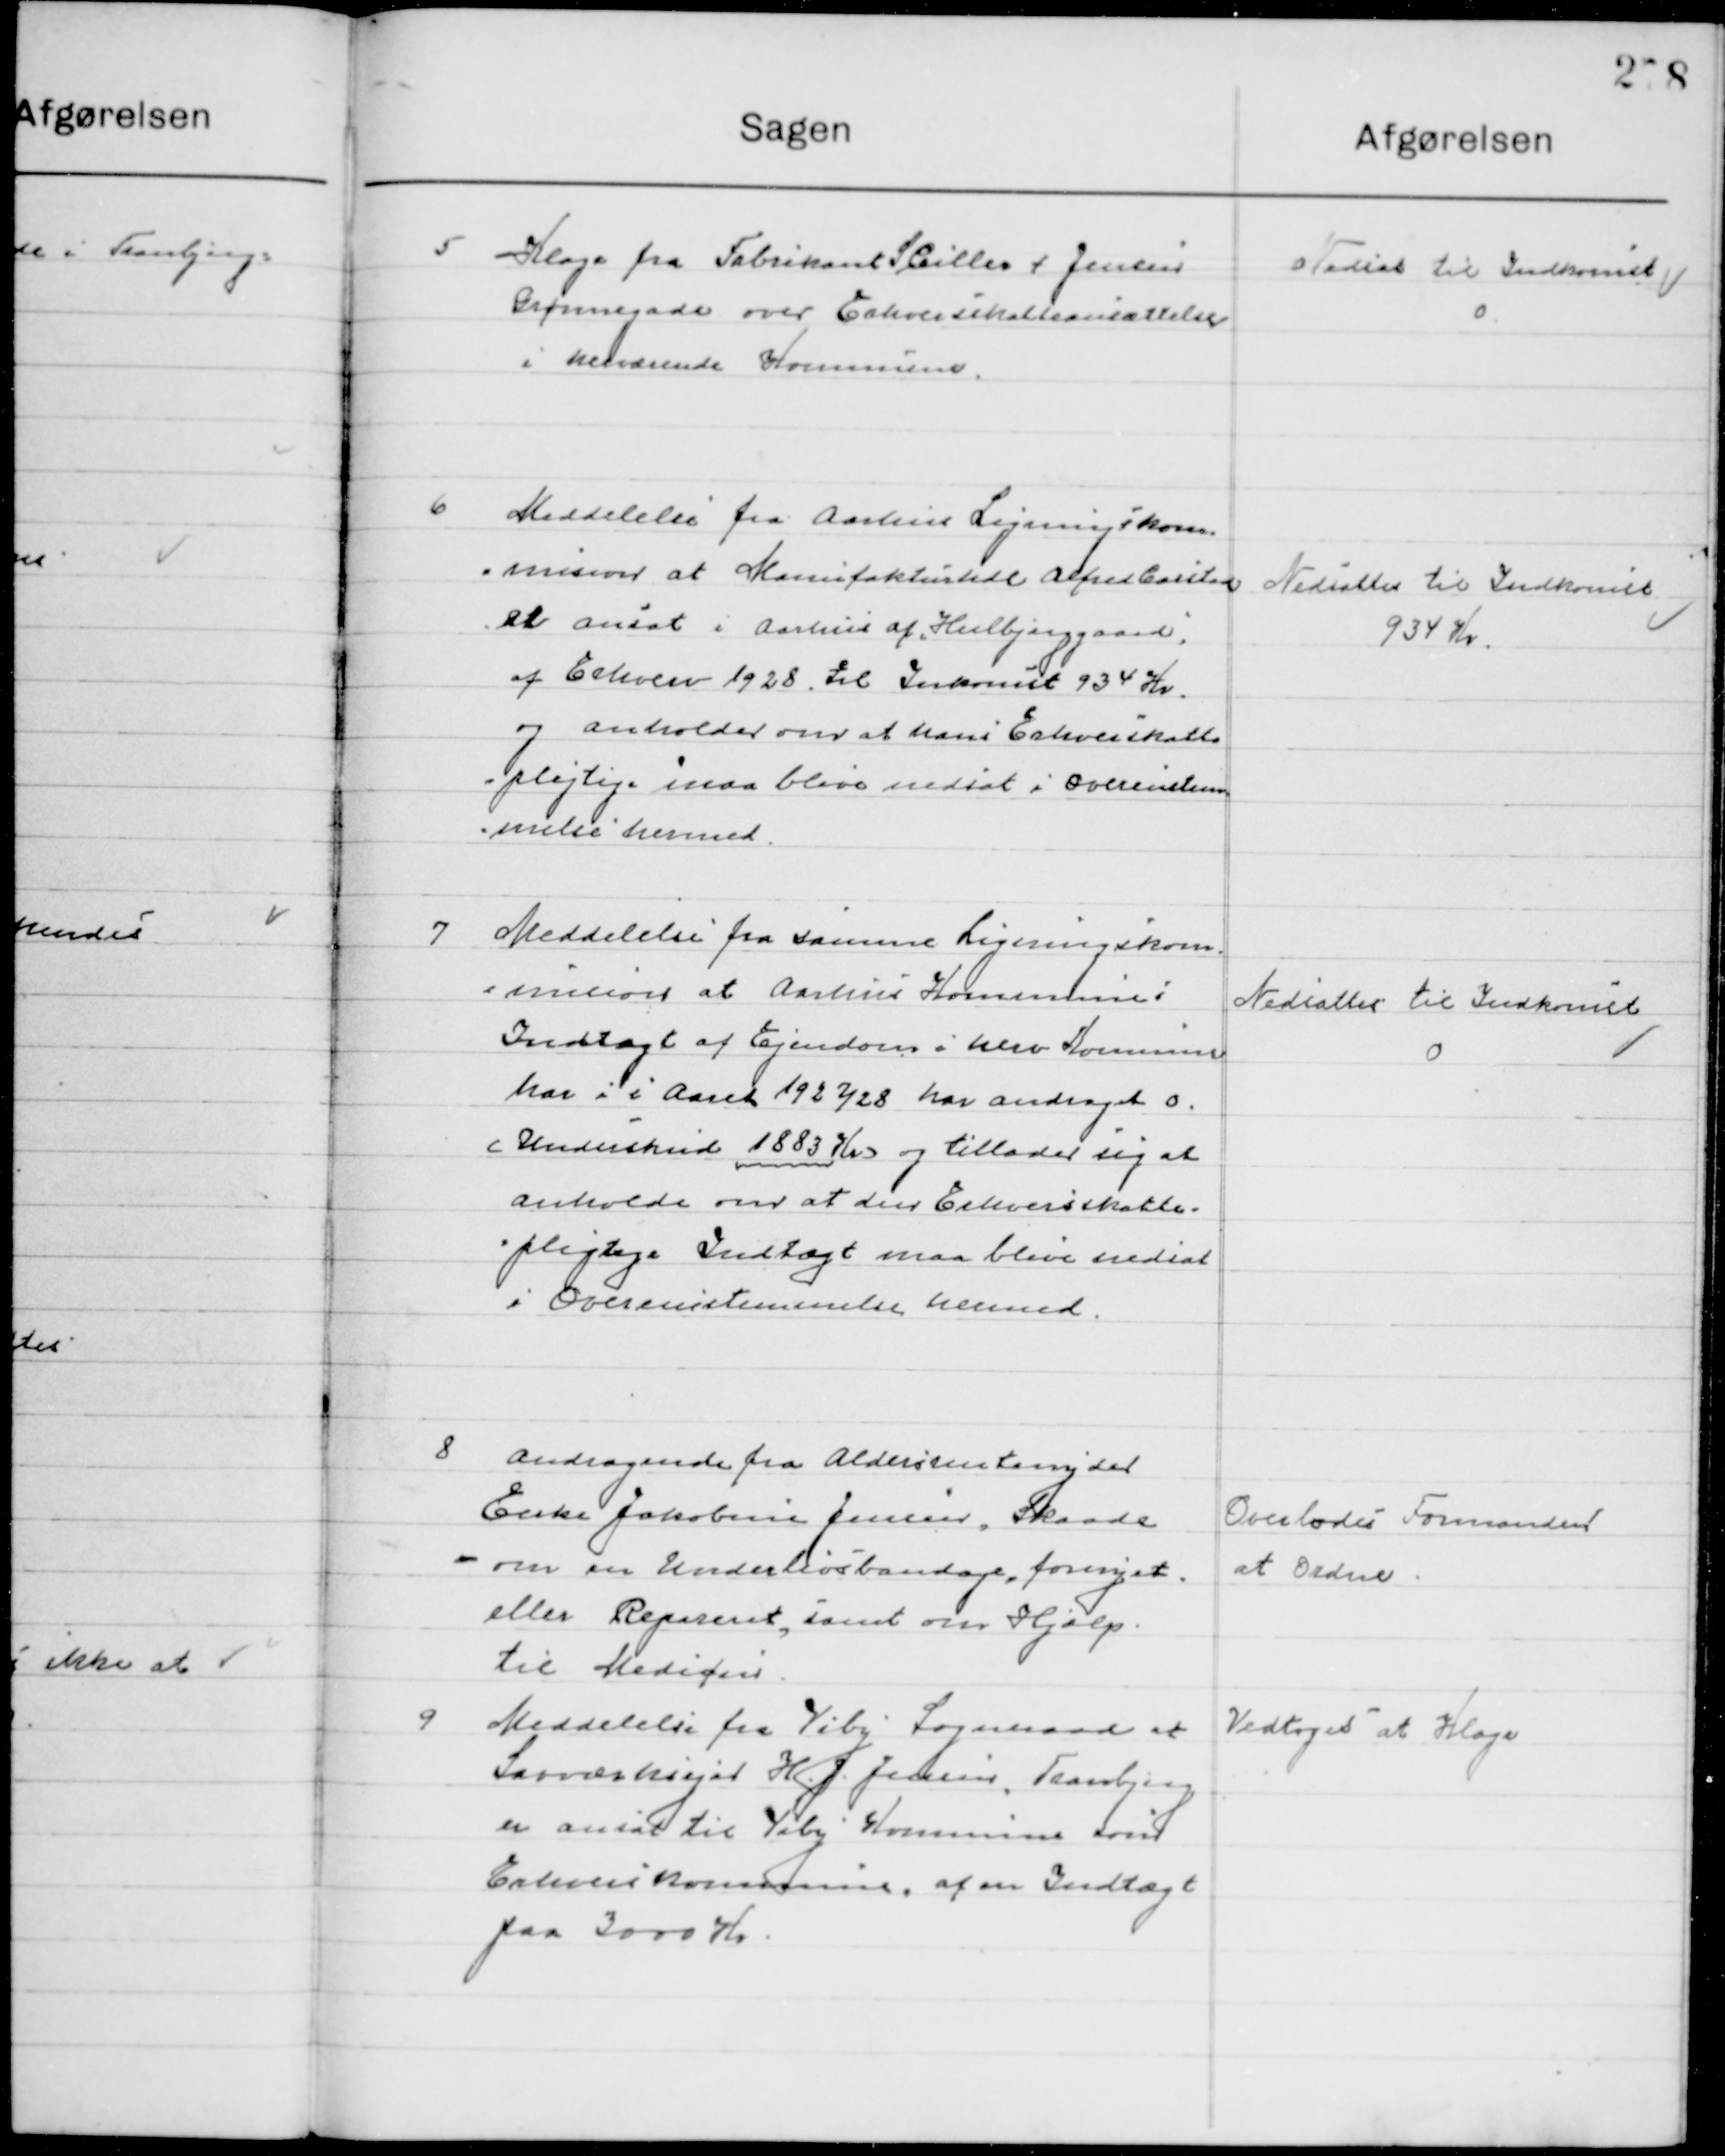
Transskription:
5

Klage fra Fabrikant S. Cilles f. Jensen
Grønnegade over Erhvervsskatteansættelsen
i herværende Kommune

Nedsættes til Indkomst
0

6

Meddelelse fra Aarhus Ligningskom=
=mission at Manufakturhdl Alfred Carsted
er ansat i Aarhus af Hulbjerggaard
af Erhverv 1928 til Indkomst 934 Kr.
og anholder over at hans Erhvervsskatte-
pligtige maa blive nedsat i overensstem-
melse hermed

Nedsættes til Indkomst
934 Kr.

7

Meddelelse fra samme Ligningskom-
mission at Aarhus Kommune i
Indtægt af Ejendom i hver Kommune
Har i i Aaret 1927/28 har andraget 0. 
Underskud 1883 Kr. og tillader sig at
Anholde over at dens Erhvervsskatte-
pligtige Indtægt maa blive nedsat
i Overensstemmelse hermed

Nedsættes til Indkomst
0

8

Andragende fra Aldersrentenyder
Erika Jakobine Jensen, Skaade
om en Undertiosbandage fornyet
eller Repareret, samt om Hjælp
til Mediøsin

Overlodes Formanden
at Ordne

9

Meddelelse fra Viby Sogneraad at
Savværksejer H. J. Jensen Tranbjerg
er ansat til Viby Kommune som
Erhvervskommune af en Indtægt
paa 3000 Kr.

Vedtoges at Klage